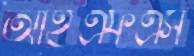
আইএফএস